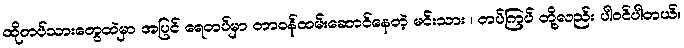
ထိုတပ်သားတွေထဲမှာ အပြင် ရေတပ်မှာ တာဝန်ထမ်းဆောင်နေတဲ့ မင်းသား ၊ တပ်ကြပ် တို့လည်း ပါဝင်ပါတယ်။